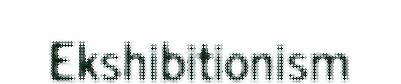
Ekshibitionism